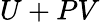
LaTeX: U+PV